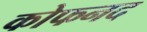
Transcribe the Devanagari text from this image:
कोफनद